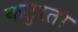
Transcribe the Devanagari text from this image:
कटुरता